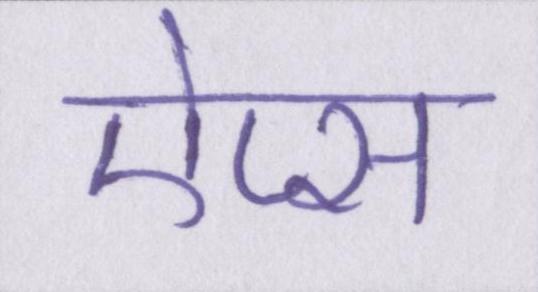
ऐप्स